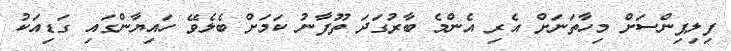
ފިލިޕިންސަށް މިހާތަނަށް އެރި އެންމެ ބާރުގަދަ ތޫފާނު ކަމަށް ބެލެވޭ ހައިޔާންގައި ގަޑިއަކު